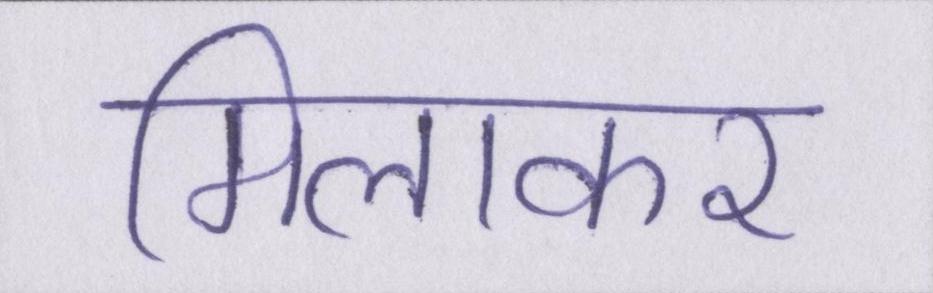
मिलाकर